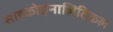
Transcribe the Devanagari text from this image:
साइकोएनालिटिकल